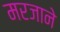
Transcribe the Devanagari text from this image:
मरजाने